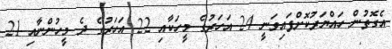
އެގޮތުން ހައްޔަރުކޮށްފައިވަނީ 24 އަހަރުގެ މީހަކާއި 22 އަހަރުގެ ދެ މީހުންނާއި 21